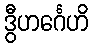
ဒွီဟင်္ဂေဟိ